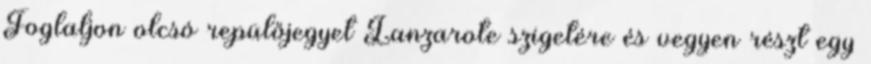
Foglaljon olcsó repülőjegyet Lanzarote szigetére és vegyen részt egy